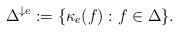
LaTeX: \begin{align*} \Delta^{\downarrow e} := \{\kappa_e(f): f\in \Delta\}.\end{align*}